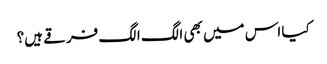
کیا اس میں بھی الگ الگ فرقے ہیں؟